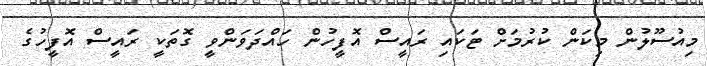
މިއުސޫލުން މިކަން ކުރުމަށް ޓަކައި ރައީސް އޮފީހުން ހައްދަވަންވީ ގޮތަކީ ރައީސް އޮފީހުގެ